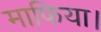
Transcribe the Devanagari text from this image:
माफिया।